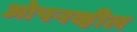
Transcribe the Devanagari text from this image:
ओपनव्हील